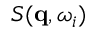
S ( \mathbf { q } , \omega _ { i } )